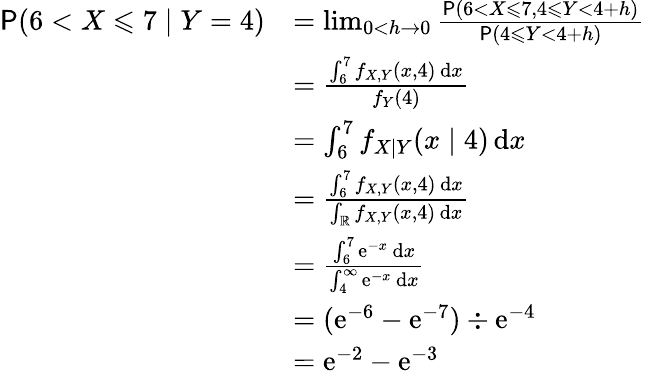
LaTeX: \begin{array}{rl}{\mathsf P(6<X\leqslant 7\mid Y=4)}&{=\operatorname*{lim}_{0<h\to 0}\frac{\mathsf P(6<X\leqslant 7,4\leqslant Y<4+h)}{\mathsf P(4\leqslant Y<4+h)}}\\ &{=\frac{\int_{6}^{7}f_{X,Y}(x,4)\, \mathrm dx}{f_{Y}(4)}}\\ &{=\int_{6}^{7}f_{X\mid Y}(x\mid 4)\, \mathrm dx}\\ &{=\frac{\int_{6}^{7}f_{X,Y}(x,4)\, \mathrm dx}{\int_{\mathbb R}f_{X,Y}(x,4)\, \mathrm dx}}\\ &{=\frac{\int_{6}^{7}\mathrm e^{-x}\, \mathrm dx}{\int_{4}^{\infty}\mathrm e^{-x}\, \mathrm dx}}\\ &{=(\mathrm e^{-6}-\mathrm e^{-7})\div\mathrm e^{-4}}\\ &{=\mathrm e^{-2}-\mathrm e^{-3}}\end{array}